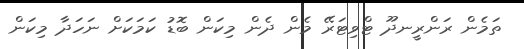
ތަމެން ރަންރީނދޫ ޓްވިޓަރޭ މެން ދެން މިކަން ބޮޑު ކަމަކަށް ނަހަދާ މިކަން